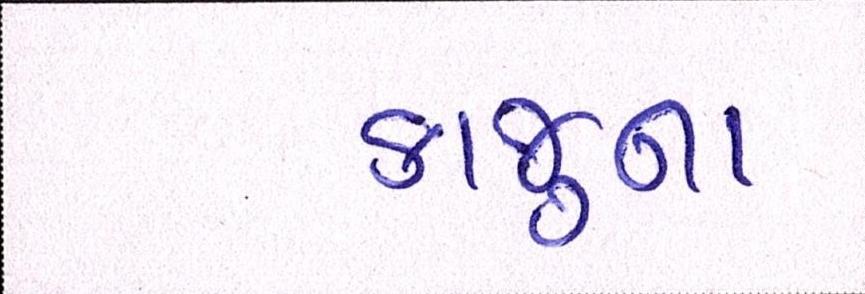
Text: કાજુના